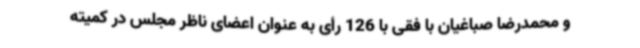
و محمدرضا صباغیان با فقی با 126 رأی به عنوان اعضای ناظر مجلس در کمیته